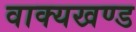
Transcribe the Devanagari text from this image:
वाक्यखण्ड